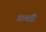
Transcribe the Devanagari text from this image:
गायरी